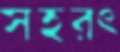
সহরৎ